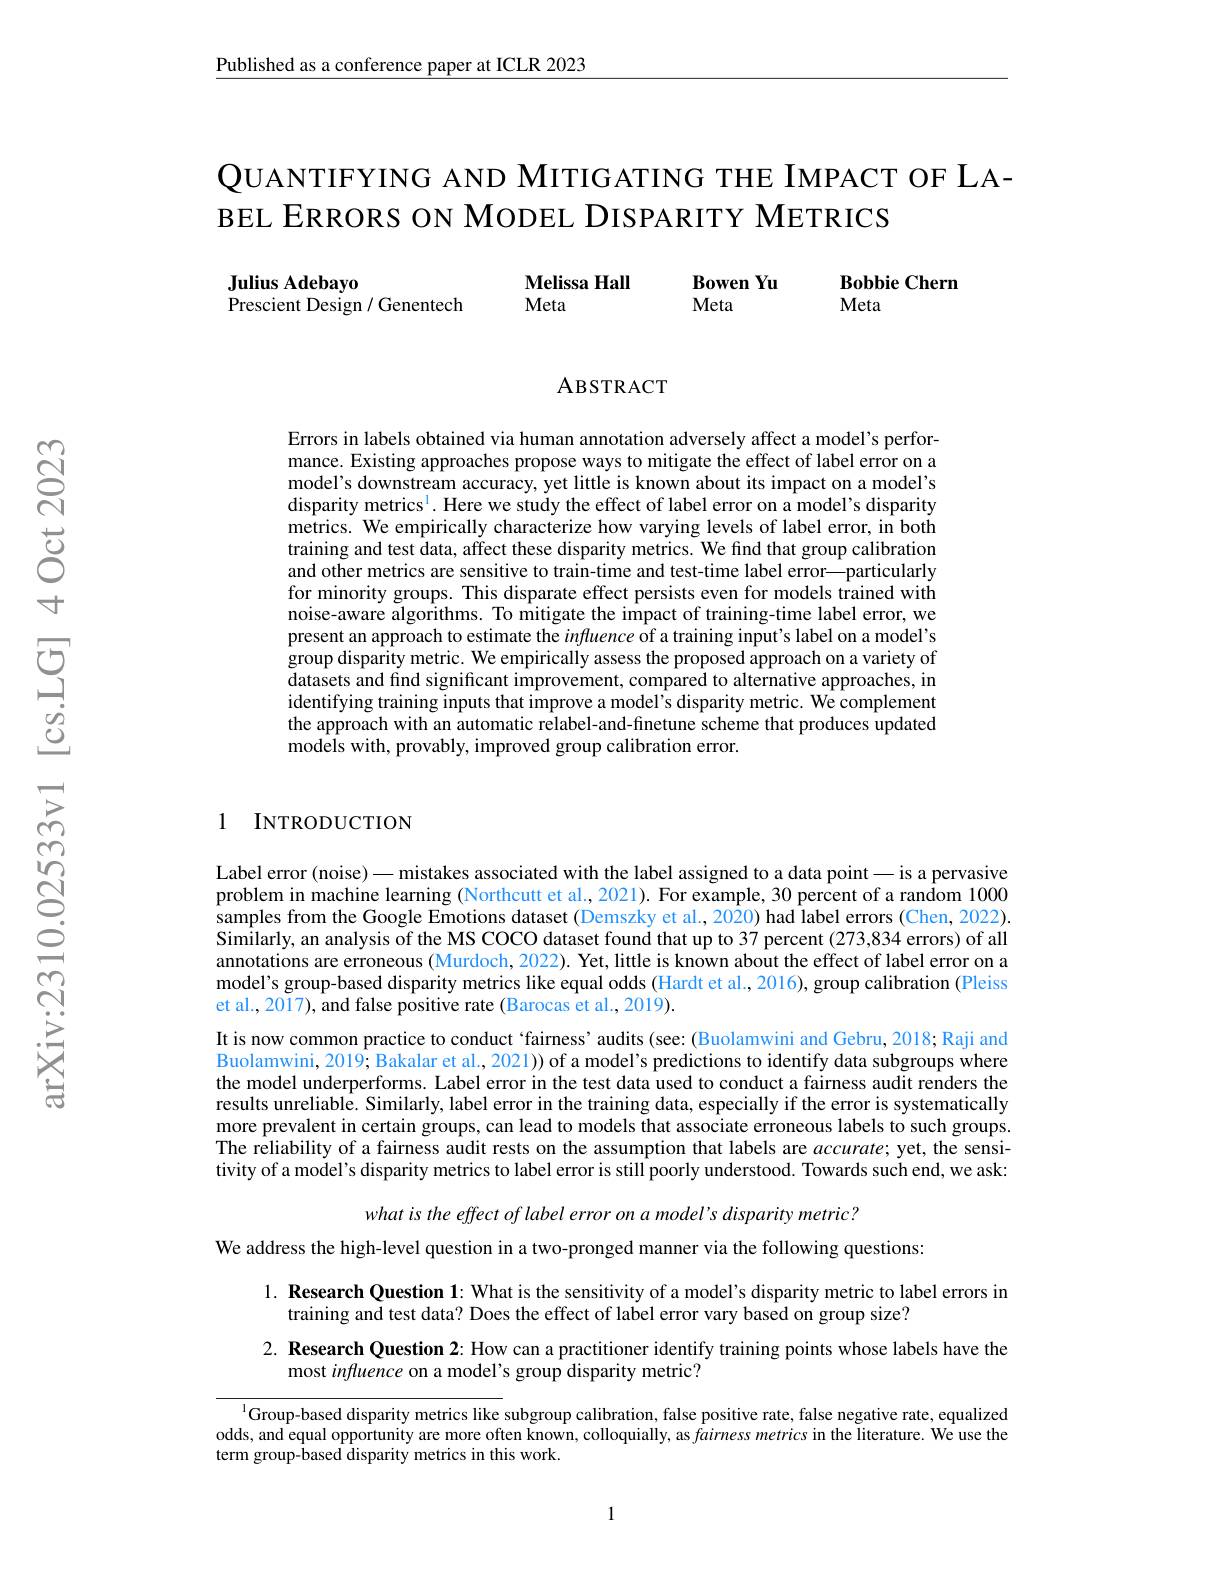
Published as a conference paper at ICLR 2023

# QUANTIFYING AND MITIGATING THE IMPACT OF LA- BEL ERRORS ON MODEL DISPARITY METRICS

$\mathbf{MelissaHall}$

Bowen Yu

Bobbie Chern
Meta

Julius Adebayo
Prescient Design / Genentech

Meta

Meta

### ABSTRACT

Errors in labels obtained via human annotation adversely affect a model's performance. Existing approaches propose ways to mitigate the effect of label error on a model's downstream accuracy, yet little is known about its impact on a model's disparity metrics$^1.$ Here we study the effect of label error on a model's disparity metrics. We empirically characterize how varying levels of label error, in both training and test data, affect these disparity metrics. We find that group calibration and other metrics are sensitive to train-time and test-time label error—particularly for minority groups. This disparate effect persists even for models trained with noise-aware algorithms. To mitigate the impact of training-time label error, we present an approach to estimate the influence of a training input's label on a model's group disparity metric. We empirically assess the proposed approach on a variety of datasets and find significant improvement, compared to alternative approaches, in identifying training inputs that improve a model's disparity metric. We complement the approach with an automatic relabel-and-finetune scheme that produces updated models with, provably, improved group calibration error.

1 INTRODUCTION

Label error (noise) — mistakes associated with the label assigned to a data point— is a pervasive problem in machine learning (Northcutt et al.,2021). For example, 30 percent of a random 1000 samples from the Google Emotions dataset (Demszky et al., 2020) had label errors (Chen, 2022). Similarly, an analysis of the MS COCO dataset found that up to 37 percent (273,834 errors) of all annotations are erroneous (Murdoch, 2022). Yet, little is known about the effect of label error on a model's group-based disparity metrics like equal odds (Hardt et al., 2016), group calibration (Pleiss et al., 2017), and false positive rate (Barocas et al., 2019).
It is now common practice to conduct `fairness' audits (see: (Buolamwini and Gebru, 2018; Raji and Buolamwini, 2019; Bakalar et al., 2021)) of a model's predictions to identify data subgroups where the model underperforms. Label error in the test data used to conduct a fairness audit renders the results unreliable. Similarly, label error in the training data, especially if the error is systematically more prevalent in certain groups, can lead to models that associate erroneous labels to such groups. The reliability of a fairness audit rests on the assumption that labels are accurate; yet, the sensitivity of a model's disparity metrics to label error is still poorly understood. Towards such end, we ask:
what is the effect of label error on a model's disparity metric?

We address the high-level question in a two-pronged manner via the following questions:

1. Research Question 1: What is the sensitivity of a model's disparity metric to label errors in
training and test data? Does the effect of label error vary based on group size?
2. Research Question 2: How can a practitioner identify training points whose labels have the
most influence on a model's group disparity metric?

$^{1}$Group-based disparity metrics like subgroup calibration, false positive rate, false negative rate, equalized odds, and equal opportunity are more often known, colloquially, as $\hat{\textit{fairness metrics in the literature. We use the}}$ term group-based disparity metrics in this work.

1